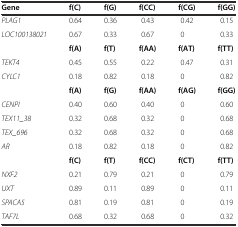
<table><thead><tr><td><b>Gene</b></td><td><b>f(C)</b></td><td><b>f(G)</b></td><td><b>f(CC)</b></td><td><b>f(CG)</b></td><td><b>f(GG)</b></td></tr></thead><tbody><tr><td><i>PLAG1</i></td><td>0.64</td><td>0.36</td><td>0.43</td><td>0.42</td><td>0.15</td></tr><tr><td><i>LOC100138021</i></td><td>0.67</td><td>0.33</td><td>0.67</td><td>0</td><td>0.33</td></tr><tr><td></td><td><b>f(A)</b></td><td><b>f(T)</b></td><td><b>f(AA)</b></td><td><b>f(AT)</b></td><td><b>f(TT)</b></td></tr><tr><td><i>TEKT4</i></td><td>0.45</td><td>0.55</td><td>0.22</td><td>0.47</td><td>0.31</td></tr><tr><td><i>CYLC1</i></td><td>0.18</td><td>0.82</td><td>0.18</td><td>0</td><td>0.82</td></tr><tr><td></td><td><b>f(A)</b></td><td><b>f(G)</b></td><td><b>f(AA)</b></td><td><b>f(AG)</b></td><td><b>f(GG)</b></td></tr><tr><td><i>CENPI</i></td><td>0.40</td><td>0.60</td><td>0.40</td><td>0</td><td>0.60</td></tr><tr><td><i>TEX11_38</i></td><td>0.32</td><td>0.68</td><td>0.32</td><td>0</td><td>0.68</td></tr><tr><td><i>TEX_696</i></td><td>0.32</td><td>0.68</td><td>0.32</td><td>0</td><td>0.68</td></tr><tr><td><i>AR</i></td><td>0.18</td><td>0.82</td><td>0.18</td><td>0</td><td>0.82</td></tr><tr><td></td><td><b>f(C)</b></td><td><b>f(T)</b></td><td><b>f(CC)</b></td><td><b>f(CT)</b></td><td><b>f(TT)</b></td></tr><tr><td><i>NXF2</i></td><td>0.21</td><td>0.79</td><td>0.21</td><td>0</td><td>0.79</td></tr><tr><td><i>UXT</i></td><td>0.89</td><td>0.11</td><td>0.89</td><td>0</td><td>0.11</td></tr><tr><td><i>SPACA5</i></td><td>0.81</td><td>0.19</td><td>0.81</td><td>0</td><td>0.19</td></tr><tr><td><i>TAF7L</i></td><td>0.68</td><td>0.32</td><td>0.68</td><td>0</td><td>0.32</td></tr></tbody></table>